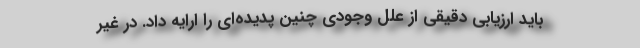
باید ارزیابی دقیقی از علل وجودی چنین پدیده‌ای را ارایه داد. در غیر